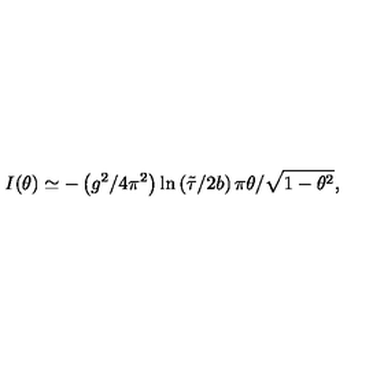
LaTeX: I ( \theta ) \simeq - \left( g ^ { 2 } / 4 \pi ^ { 2 } \right) \ln \left( { \tilde { \tau } } / 2 b \right) { \pi \theta } / \sqrt { 1 - \theta ^ { 2 } } ,